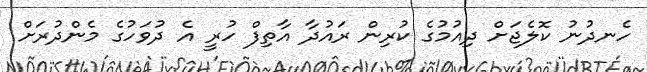
ހެނދުނު ކޮލެޖަށް ދިއުމުގެ ކުރިން ރައުދާ އާތިފް ހުރީ އެ ދުވަހުގެ މެންދުރަށް